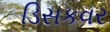
ડિસકવર